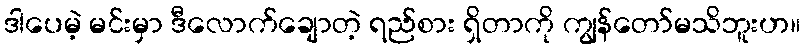
ဒါပေမဲ့ မင်းမှာ ဒီလောက်ချောတဲ့ ရည်စား ရှိတာကို ကျွန်တော်မသိဘူးဟ။